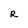
Character: R